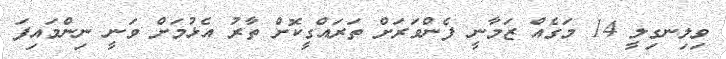
ވިލިނގިލީ 14 މަގެއް ޒަމާނީ ފެންވަރަށް ތަރައްގީކޮށް ތާރު އެޅުމަށް ވަނީ ނިންމައިފަ